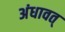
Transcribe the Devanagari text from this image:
अंधावत्